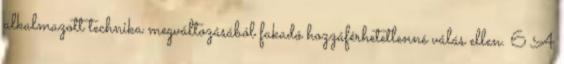
alkalmazott technika megváltozásából fakadó hozzáférhetetlenné válás ellen. 6 A